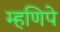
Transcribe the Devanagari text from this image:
म्हणिपे